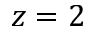
z = 2